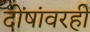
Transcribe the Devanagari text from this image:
दोषांवरही